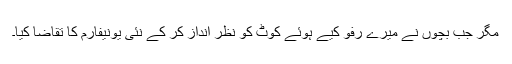
مگر جب بچوں نے میرے رفو کیے ہوئے کوٹ کو نظر انداز کر کے نئی یونیفارم کا تقاضا کیا۔